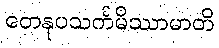
တေနုပသင်္ကမိဿာမာတိ